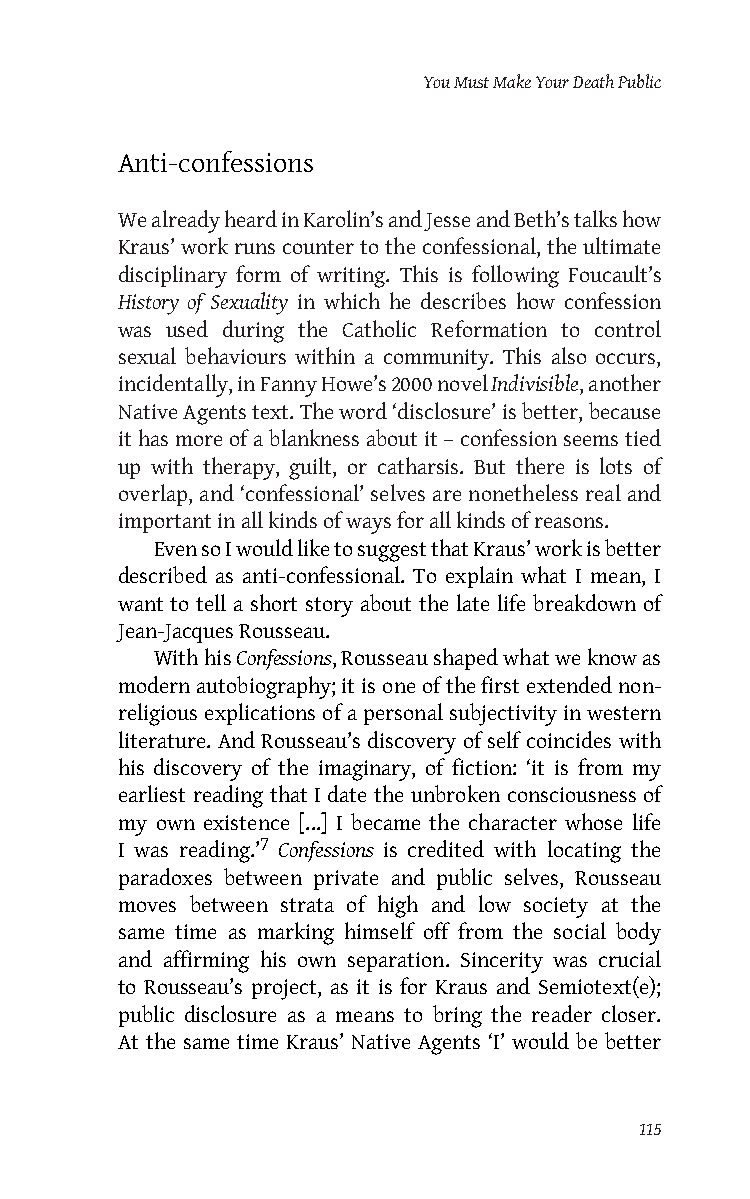
You Must Make Your Death Public
 Anti-confessions
 We already heard in Karolin’s and Jesse and Beth’s talks how
 Kraus’ work runs counter to the confessional, the ultimate
 disciplinary form of writing. This is following Foucault’s
 History of Sexuality in which he describes how confession
 was used during the Catholic Reformation to control
 sexual behaviours within a community. This also occurs,
 incidentally, in Fanny Howe’s 2000 novel Indivisible, another
 Native Agents text. The word ‘disclosure’ is better, because
 it has more of a blankness about it – confession seems tied
 up with therapy, guilt, or catharsis. But there is lots of
 overlap, and ‘confessional’ selves are nonetheless real and
 important in all kinds of ways for all kinds of reasons.
 Even so I would like to suggest that Kraus’ work is better
 described as anti-confessional. To explain what I mean, I
 want to tell a short story about the late life breakdown of
 Jean-Jacques Rousseau.
 With his Confessions, Rousseau shaped what we know as
 modern autobiography; it is one of the first extended non-
 religious explications of a personal subjectivity in western
 literature. And Rousseau’s discovery of self coincides with
 his discovery of the imaginary, of fiction: ‘it is from my
 earliest reading that I date the unbroken consciousness of
 my own existence [...] I became the character whose life
 I was reading.’7 Confessions is credited with locating the
 paradoxes between private and public selves, Rousseau
 moves between strata of high and low society at the
 same time as marking himself off from the social body
 and affirming his own separation. Sincerity was crucial
 to Rousseau’s project, as it is for Kraus and Semiotext(e);
 public disclosure as a means to bring the reader closer.
 At the same time Kraus’ Native Agents ‘I’ would be better
 115